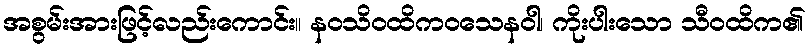
အစွမ်းအားဖြင့်လည်းကောင်း။ နဝသိဝထိကဝသေနဝါ၊ ကိုးပါးသော သီဝထိက၏